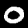
Digit: 0